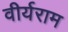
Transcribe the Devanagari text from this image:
वीर्यराम